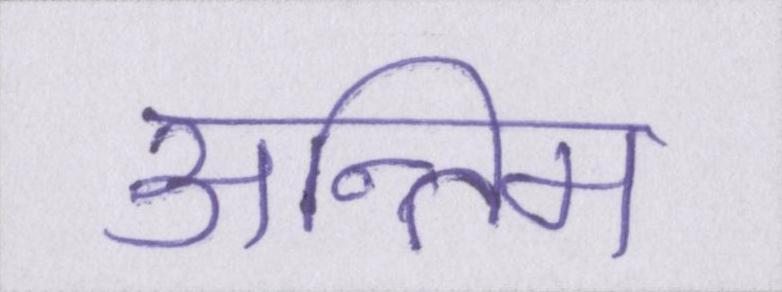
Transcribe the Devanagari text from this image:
अन्तिम